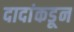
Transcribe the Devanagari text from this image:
दादांकडून